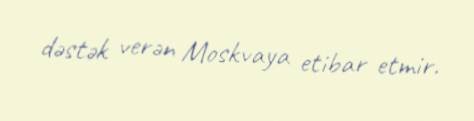
dəstək verən Moskvaya etibar etmir.